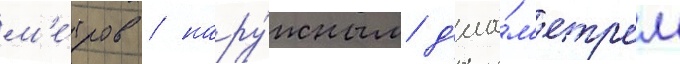
м'е́тров / нару́жным д'иа́м'етром